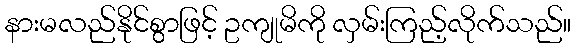
နားမလည်နိုင်စွာဖြင့် ဥကျုမိကို လှမ်းကြည့်လိုက်သည်။